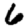
Digit: 6